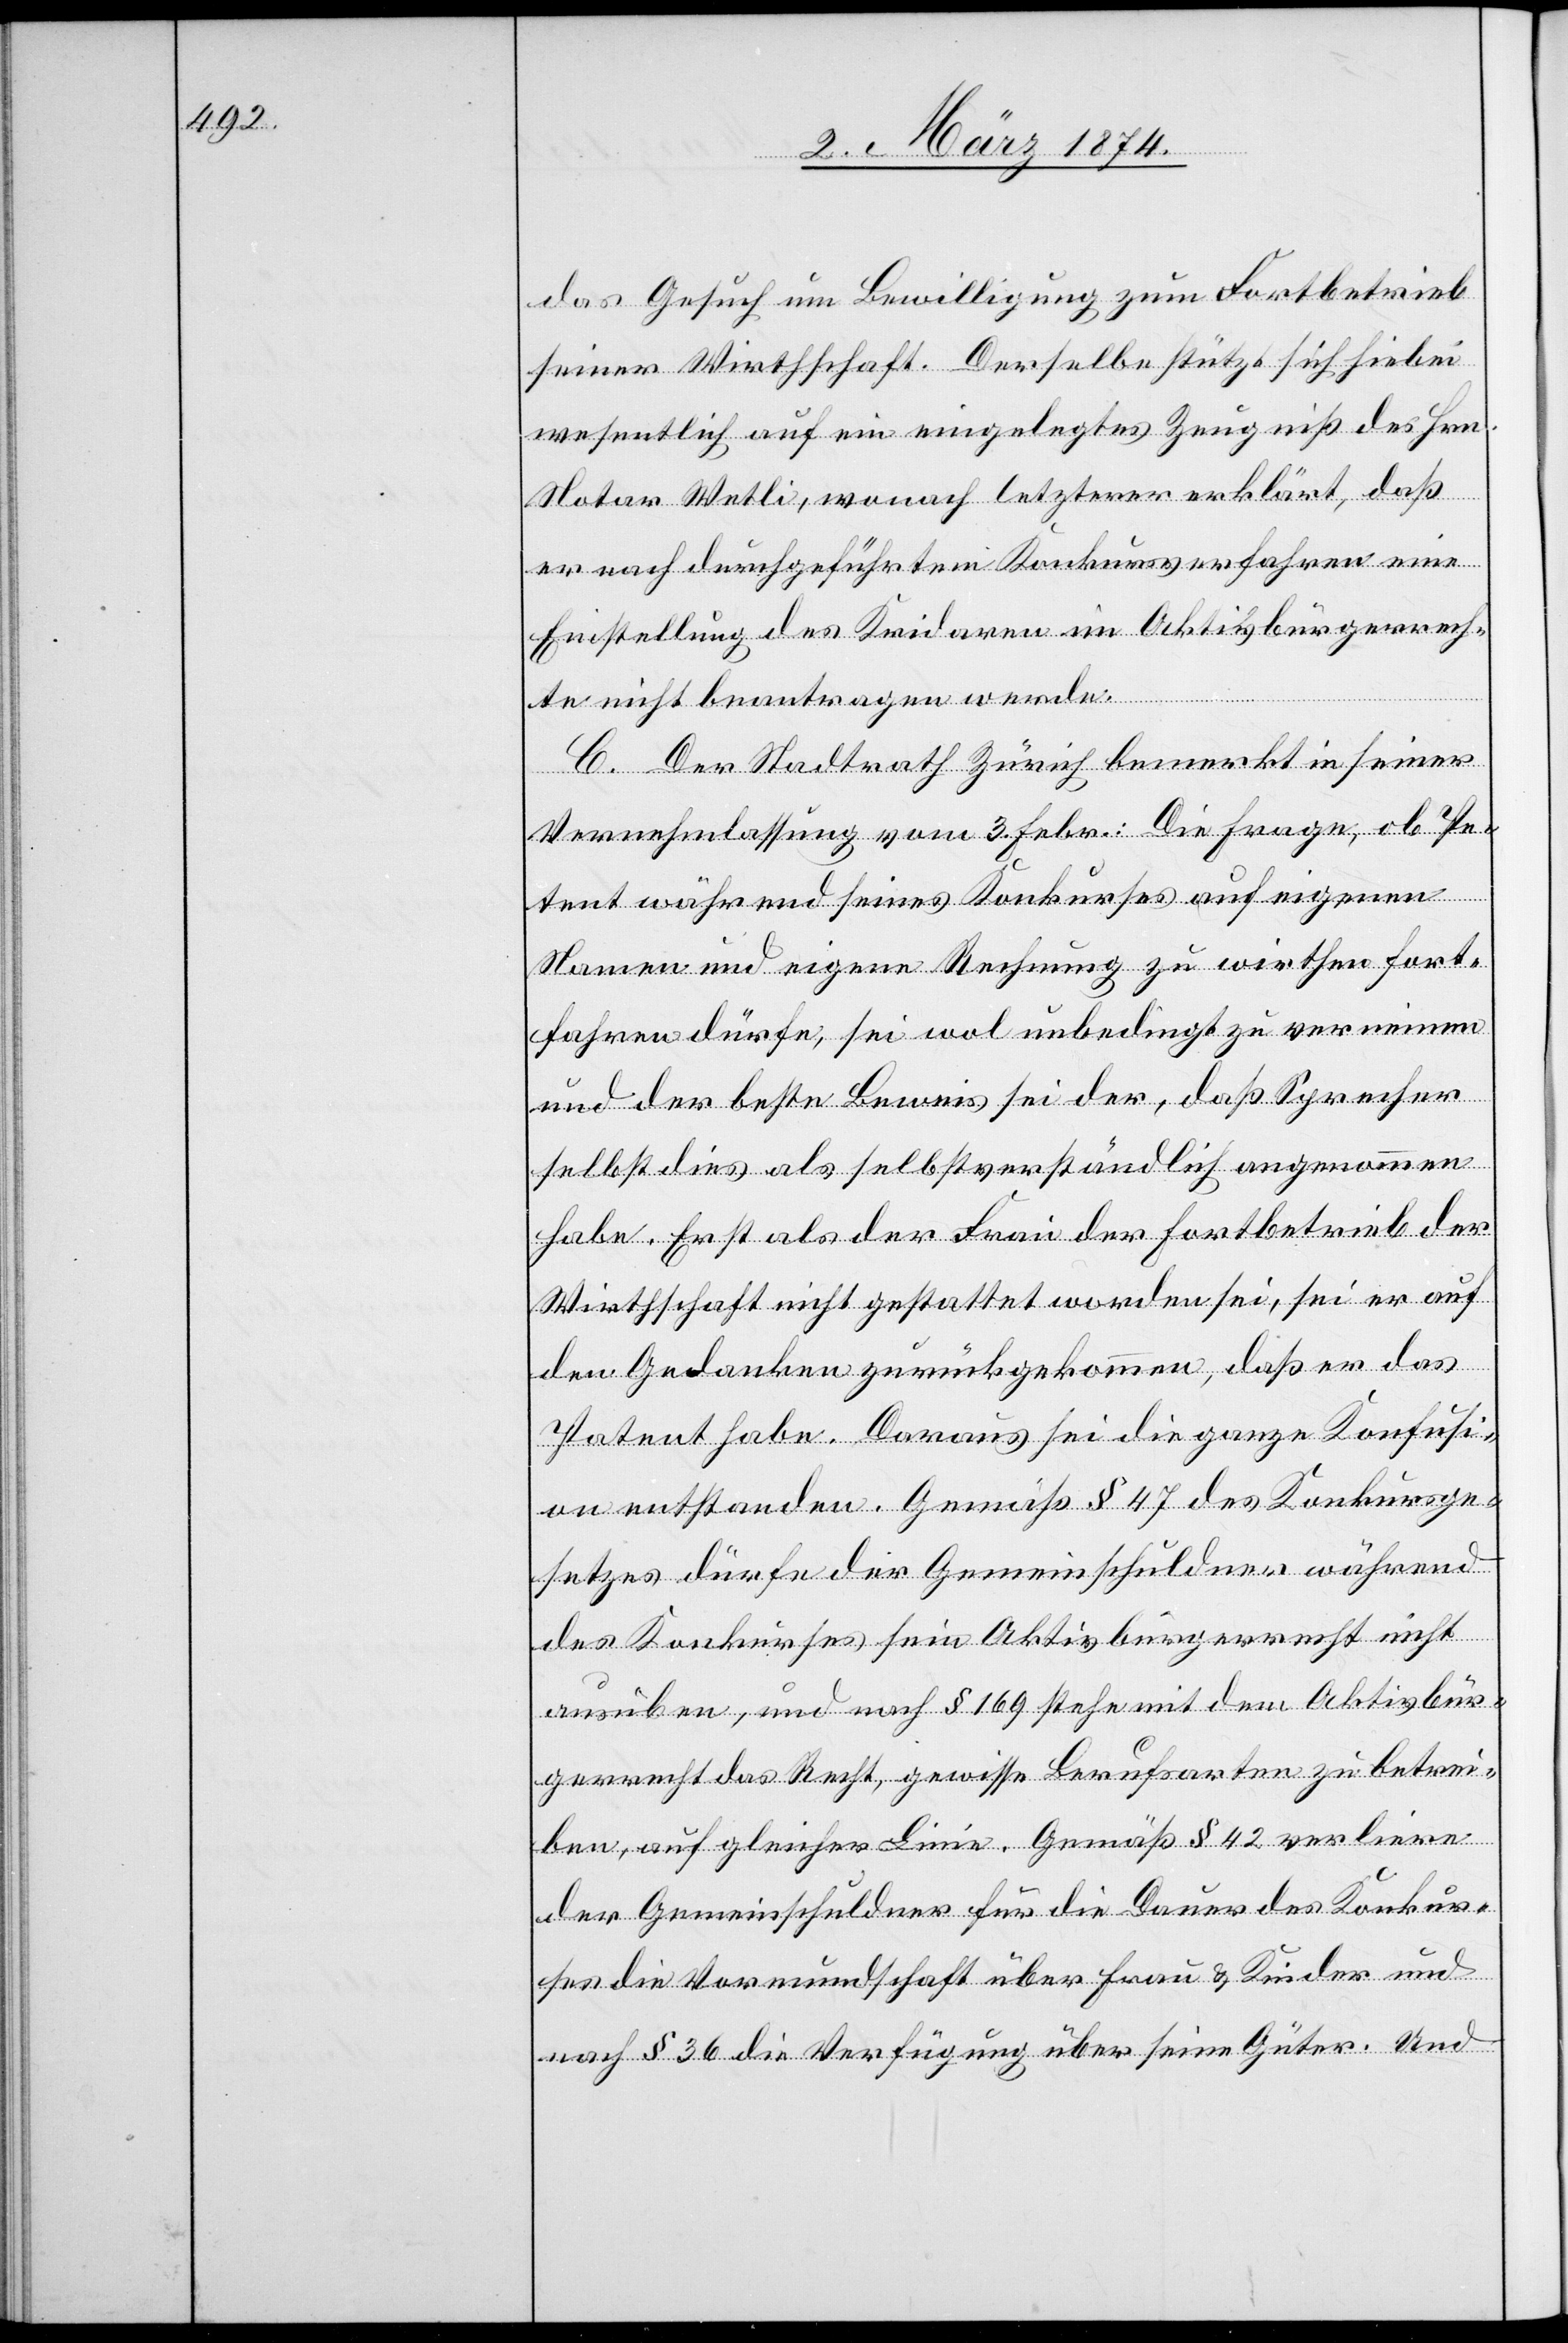
das Gesuch um Bewilligung zum Fortbetrieb
seiner Wirthschaft. Derselbe stützt sich hiebei
wesentlich auf ein eingelegtes Zeugniß des Hrn.
Notar Wetli, wonach letzterer erklärt, daß
er nach durchgeführtem Konkursverfahren eine
Einstellung des Kridaren im Aktivbürgerrech¬
te nicht beantragen werde.
C. Der Stadtrath Zürich bemerkt in seiner
Vernehmlassung vom 3. Febr.: Die Frage, ob Pe¬
tent während seines Konkurses auf eigenen
Namen und eigene Rechnung zu wirthen fort¬
fahren dürfe, sei wol unbedingt zu verneinen
und der beste Beweis sei der, daß Sprecher
selbst dies als selbstverständlich angenommen
habe. Erst als der Frau der Fortbetrieb der
Wirtschaft nicht gestattet worden sei, sei er auf
den Gedanken zurückgekommen, daß er das
Patent habe. Daraus sei die ganze Konfusi¬
on entstanden. Gemäß § 47 des Konkursge¬
setzes dürfe der Gemeinschuldner während
des Konkurses sein Aktivbürgerrecht nicht
ausüben, und nach § 169 stehe mit dem Aktivbür¬
gerrecht das Recht, gewisse Berufsarten zu betrei¬
ben, auf gleicher Linie. Gemäß § 42 verliere
der Gemeinschuldner für die Dauer des Konkur¬
ses die Vormundschaft über Frau u. Kinder und
nach § 36 die Verfügung über seine Güter. Und